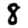
Digit: 8